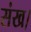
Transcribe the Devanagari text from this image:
संख।